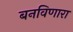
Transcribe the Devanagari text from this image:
बनविणारा